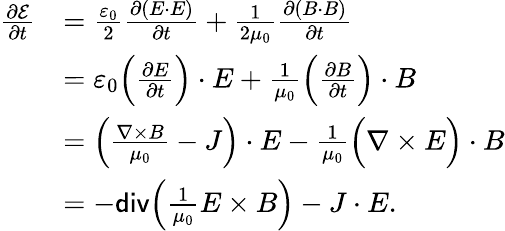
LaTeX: \begin{array}{rl}{\frac{\partial\cal{E}}{\partial t}}&{=\frac{\varepsilon_{0}}{2}\frac{\partial(E\cdot E)}{\partial t}+\frac{1}{2\mu_{0}}\frac{\partial(B\cdot B)}{\partial t}}\\ &{=\varepsilon_{0}\Big(\frac{\partial E}{\partial t}\Big)\cdot E+\frac{1}{\mu_{0}}\Big(\frac{\partial B}{\partial t}\Big)\cdot B}\\ &{=\Big(\frac{\nabla\times B}{\mu_{0}}-J\Big)\cdot E-\frac{1}{\mu_{0}}\Big(\nabla\times E\Big)\cdot B}\\ &{=-\mathsf{div}\Big(\frac{1}{\mu_{0}}E\times B\Big)-J\cdot E.}\end{array}